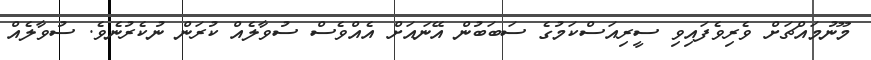
މޫނުމައްޗަށް ވެރިވެފައިވި ސީރިއަސްކަމުގެ ސަބަބުން އޭނައަށް އެއްވެސް ސުވާލެއް ކުރަން ނުކެރުނެވެ. ސުވާލެއް